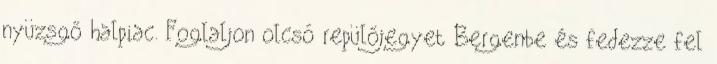
nyüzsgő halpiac. Foglaljon olcsó repülőjegyet Bergenbe és fedezze fel